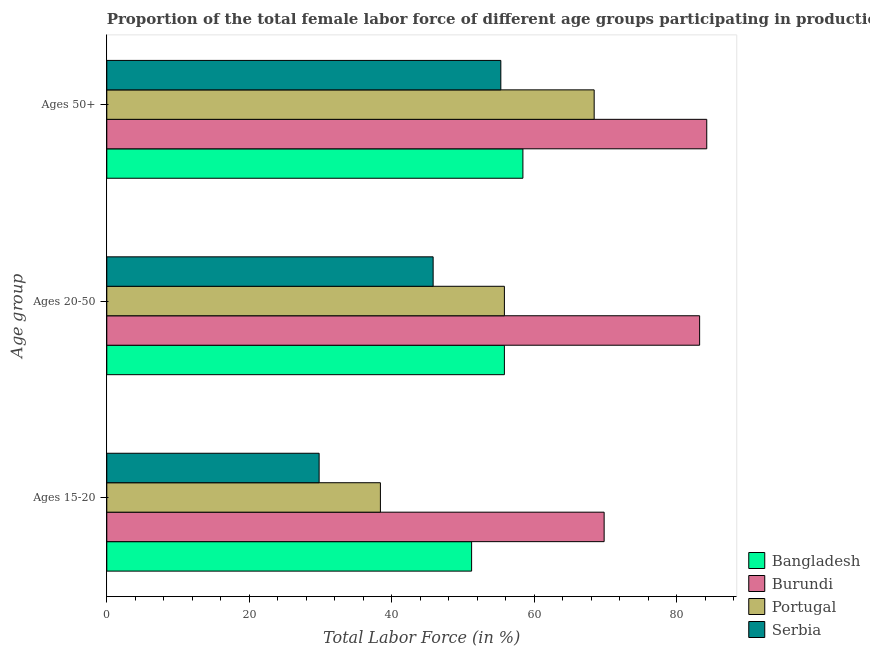
| Age group | Bangladesh | Burundi | Portugal | Serbia |
 | --- | --- | --- | --- | --- |
 | Ages 15-20 | 51.2 | 69.8 | 38.4 | 29.8 |
 | Ages 20-50 | 55.8 | 83.2 | 55.8 | 45.8 |
 | Ages 50+ | 58.4 | 84.2 | 68.4 | 55.3 |